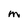
Character: M